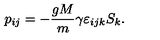
p _ { i j } = - \frac { g M } { m } \gamma \varepsilon _ { i j k } S _ { k } .